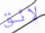
لائق